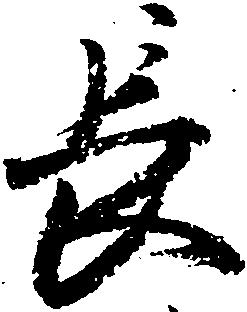
長